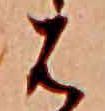
は